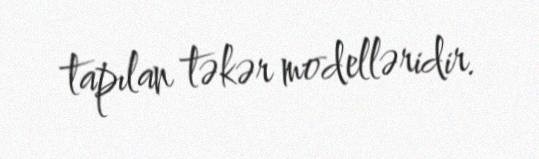
tapılan təkər modelləridir.